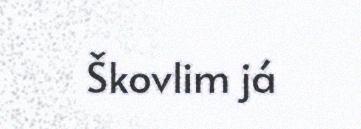
Škovlim já